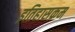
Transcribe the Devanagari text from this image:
इतिहासक्रम